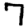
Digit: 7